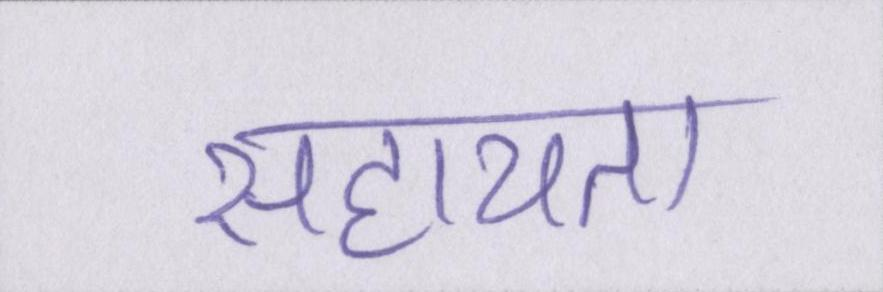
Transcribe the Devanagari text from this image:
सहायता